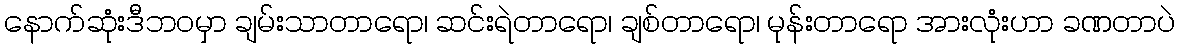
နောက်ဆုံးဒီဘဝမှာ ချမ်းသာတာရော၊ ဆင်းရဲတာရော၊ ချစ်တာရော၊ မုန်းတာရော အားလုံးဟာ ခဏတာပဲ